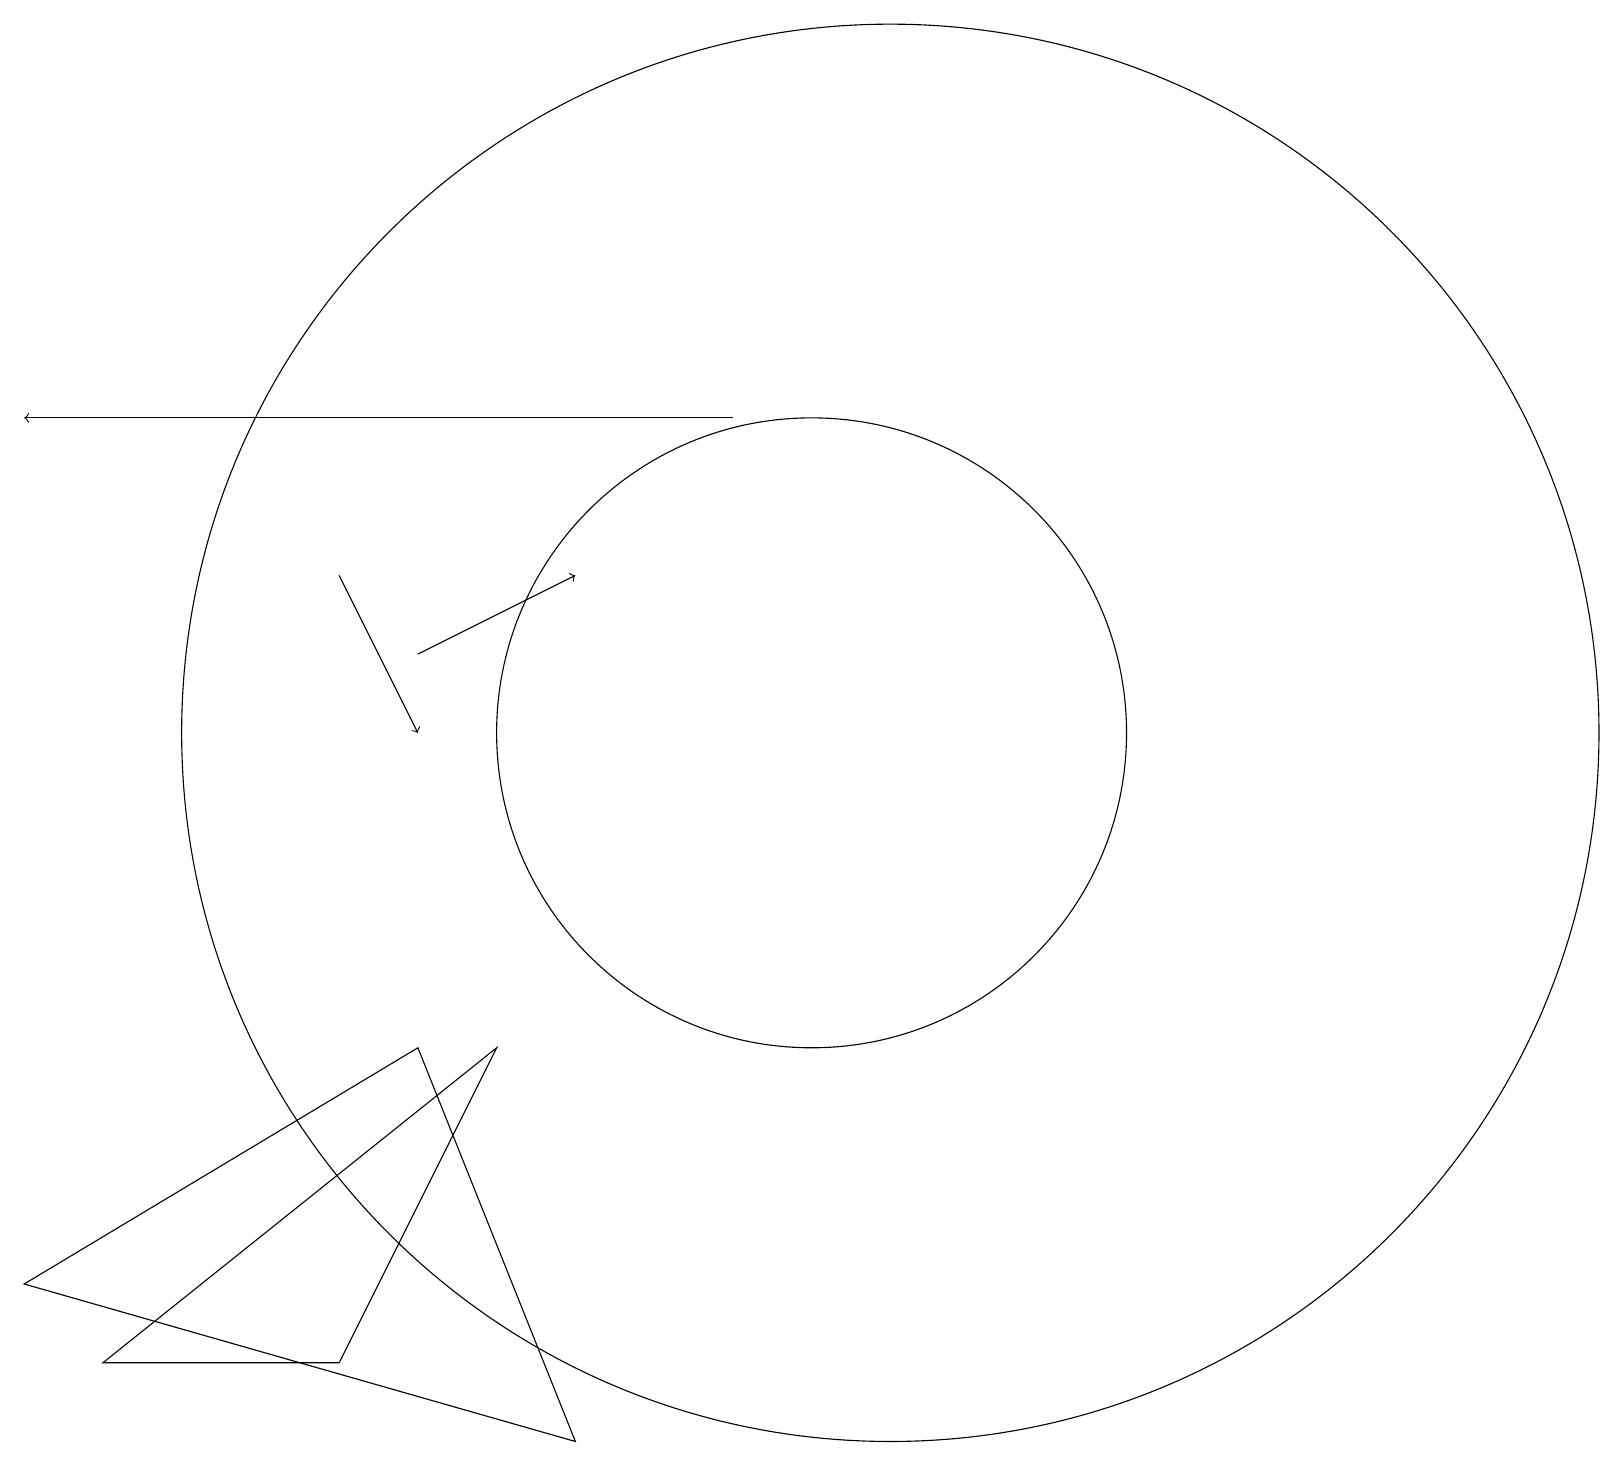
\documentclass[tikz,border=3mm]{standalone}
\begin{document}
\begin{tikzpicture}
\draw[->] (9,15) -- (0,15);
\draw (6,7) -- (1,3) -- (4,3) -- cycle;
\draw (10,11) circle (4);
\draw (10,10) circle (0);
\draw (11,11) circle (9);
\draw[->] (4,13) -- (5,11);
\draw[->] (5,12) -- (7,13);
\draw (0,4) -- (7,2) -- (5,7) -- cycle;
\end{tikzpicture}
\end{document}